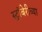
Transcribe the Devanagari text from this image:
स्ट्रॉबेरीच्या